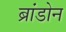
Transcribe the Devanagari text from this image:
ब्रांडोन